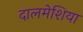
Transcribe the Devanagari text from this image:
दालमेशिया